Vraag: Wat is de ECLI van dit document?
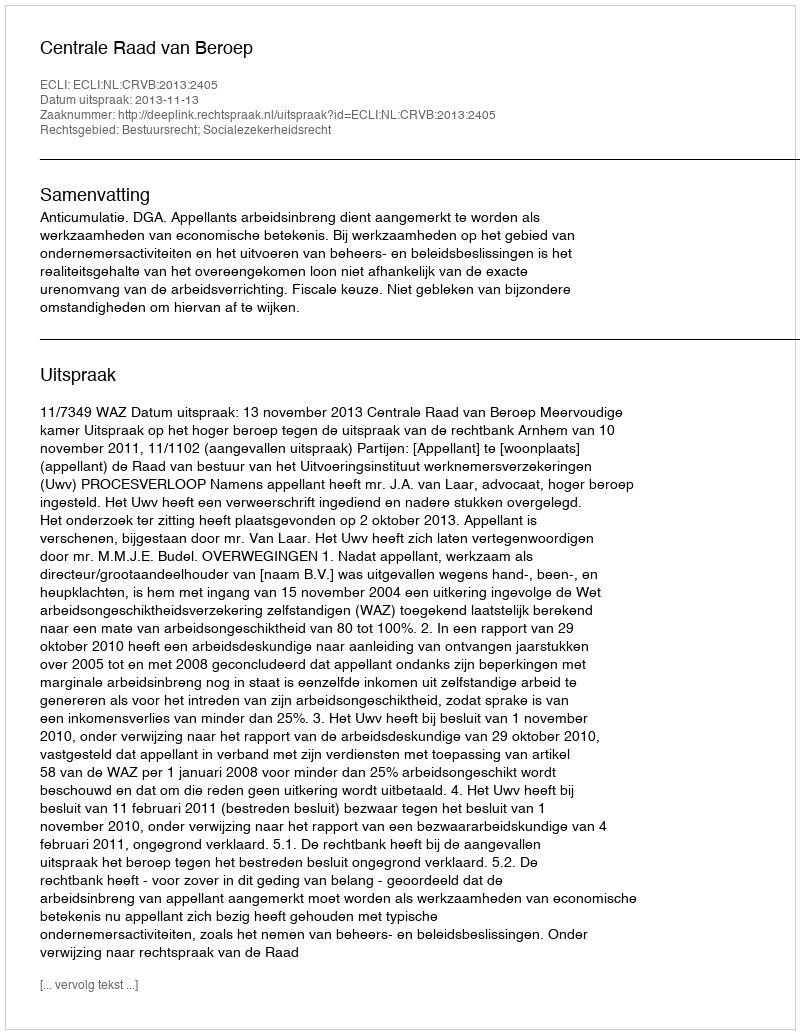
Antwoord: ECLI:NL:CRVB:2013:2405